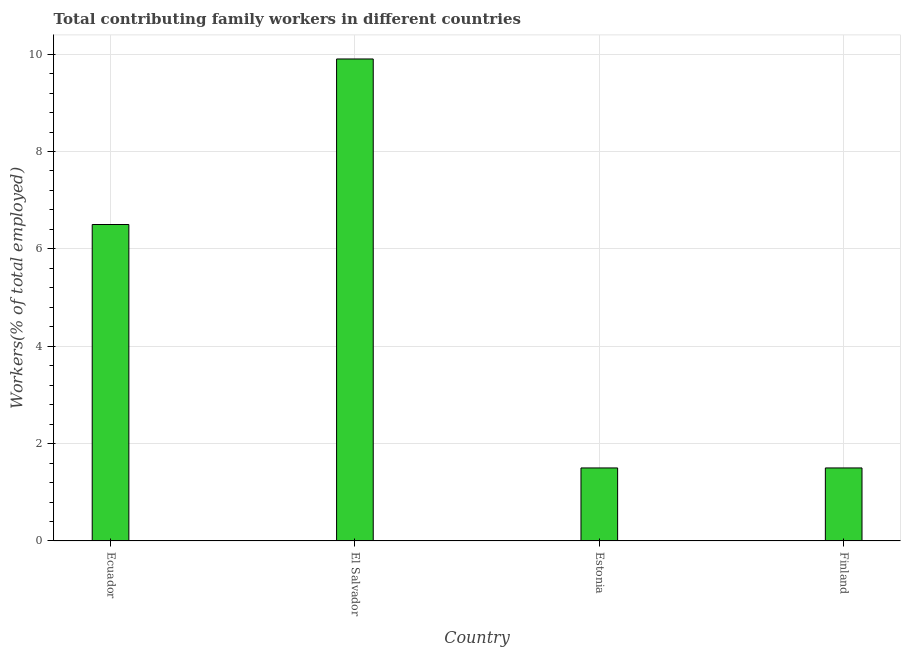
| Country | Contributing family workers |
 | --- | --- |
 | Ecuador | 6.5 |
 | El Salvador | 9.9 |
 | Estonia | 1.5 |
 | Finland | 1.5 |